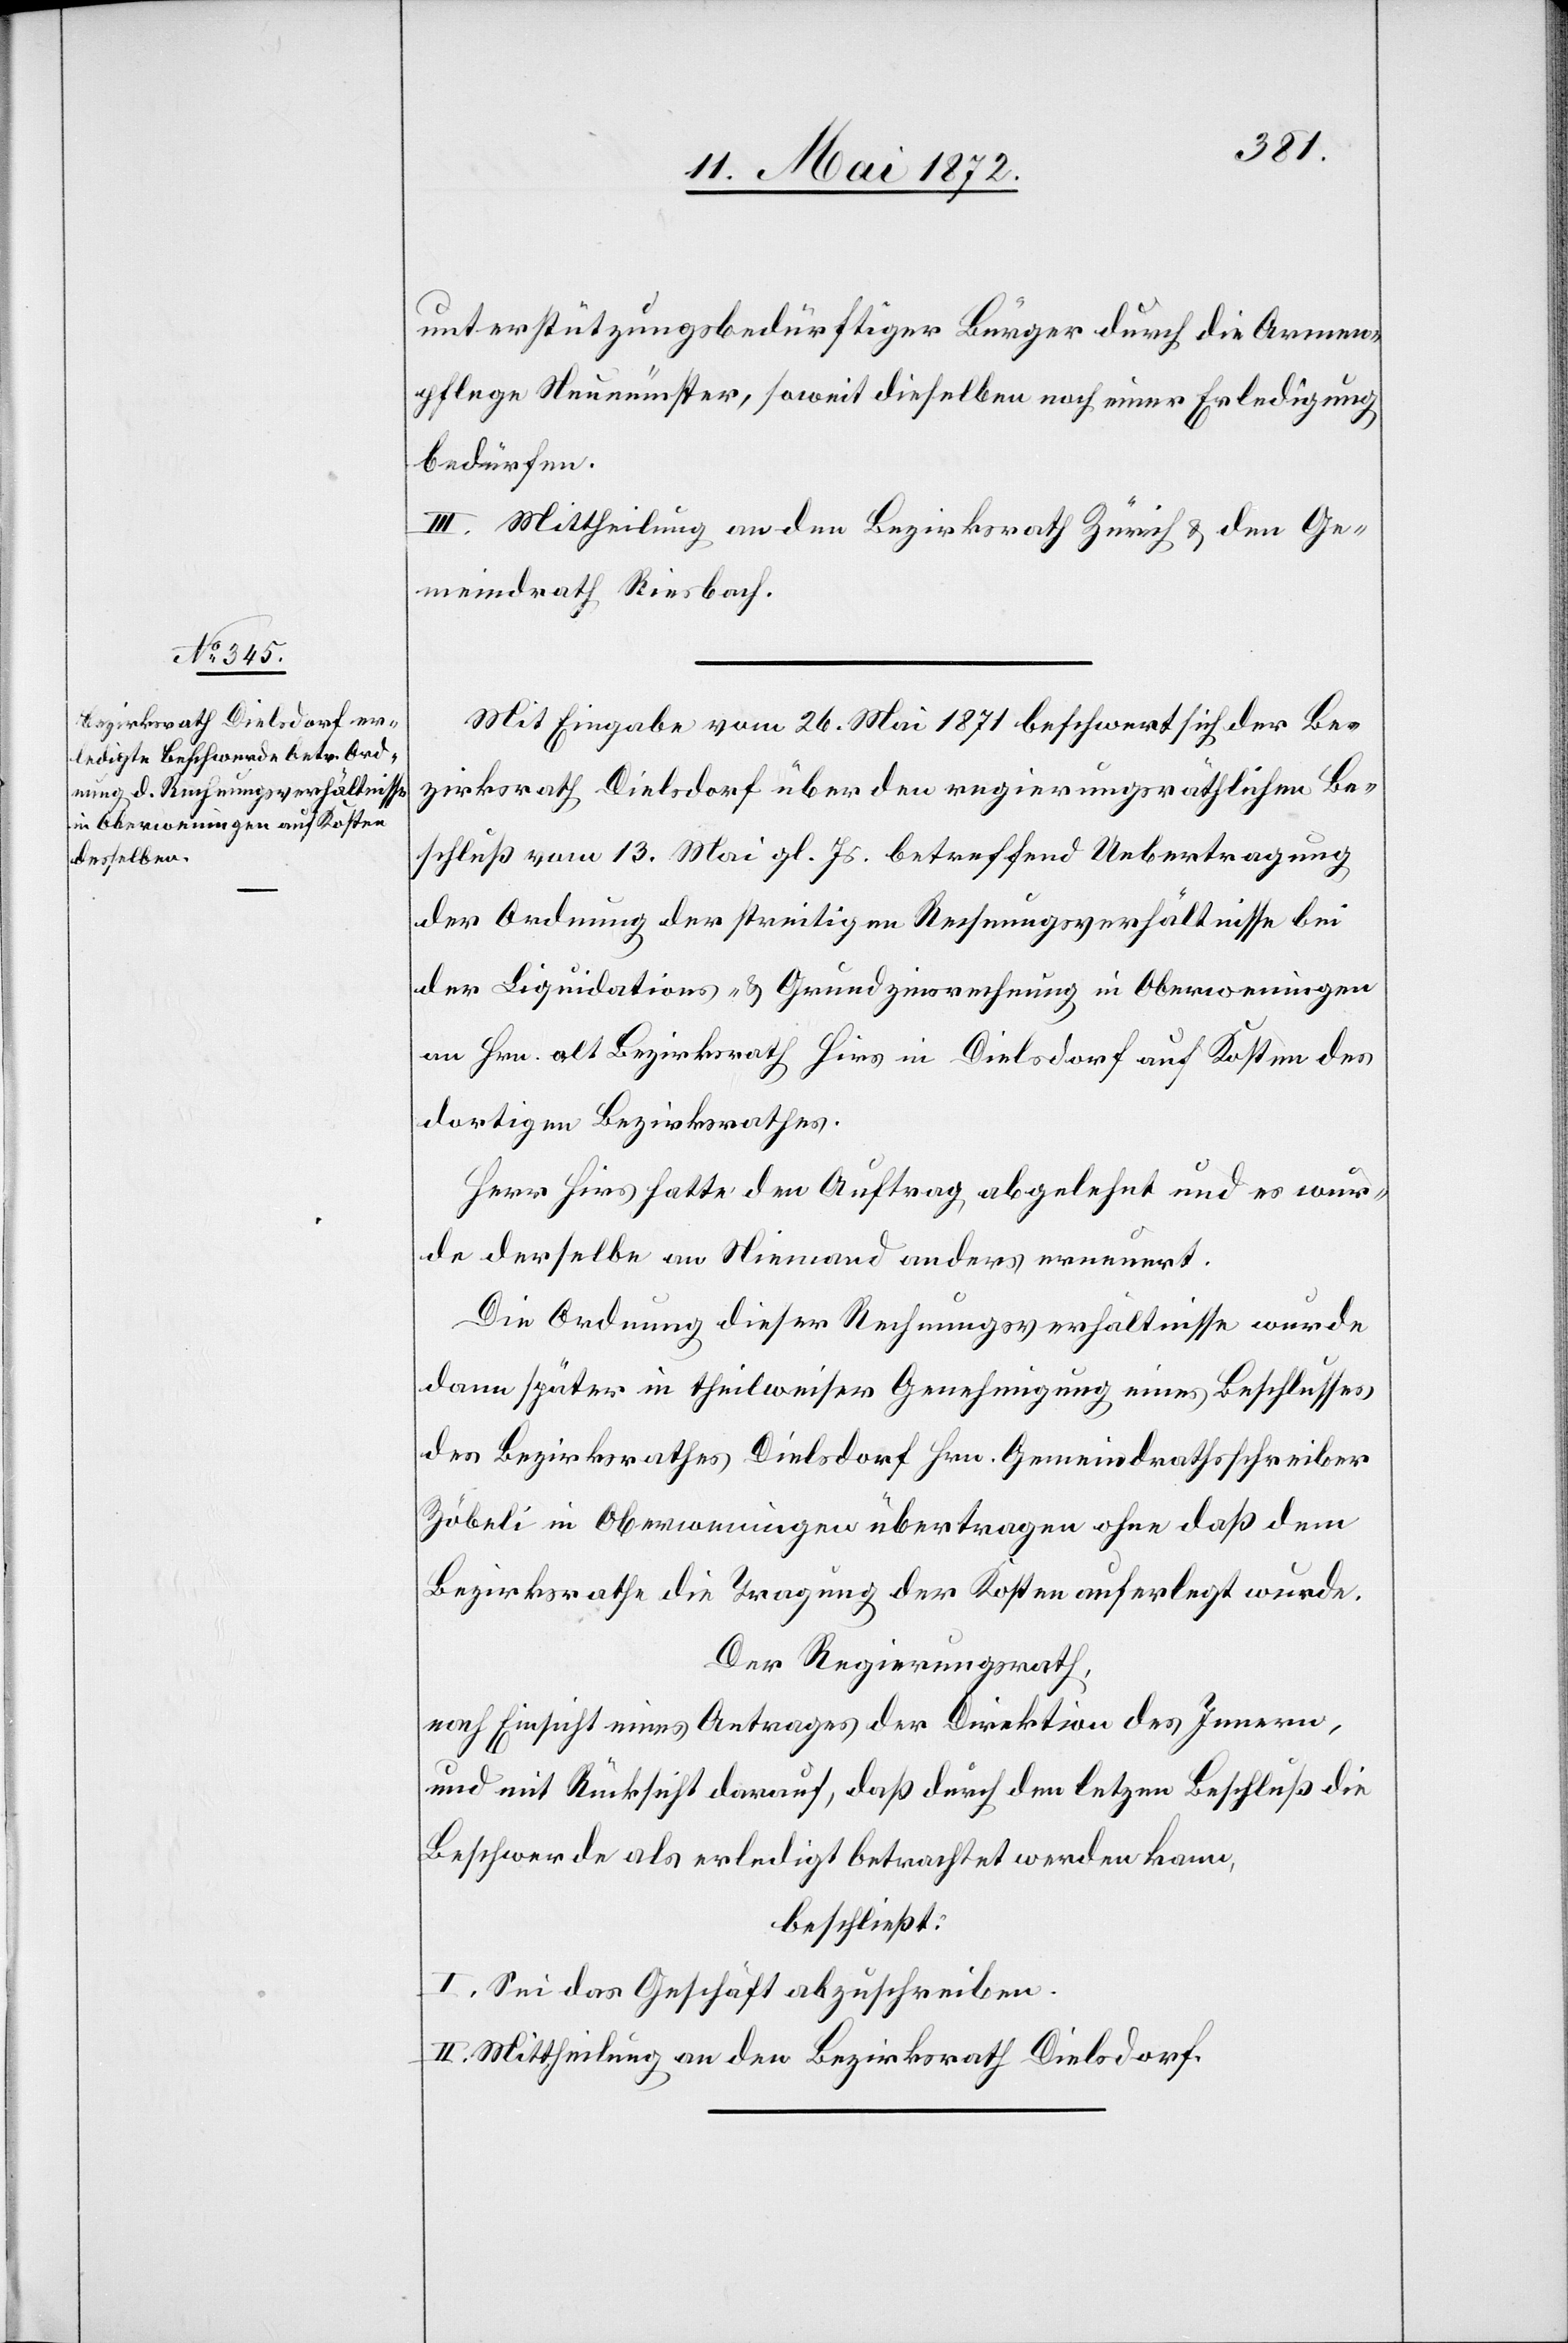
unterstützungsbedürftiger Bürger durch die Armen¬
pflege Neumünster, soweit dieselbe noch einer Erledigung
bedürfen.
III. Mittheilung an den Bezirksrath Zürich u. den Ge¬
meindrath Riesbach.
Mit Eingabe vom 26. Mai 1871 beschwert sich der Be¬
zirksrath Dielsdorf über den regierungsräthlichen Be¬
schluß vom 13. Mai gl. Js. betreffend Uebertragung
der Ordnung der streitigen Rechnungsverhältnisse bei
der Liquidations- u. Grundzinsrechnung in Oberweningen
an Hrn. alt Bezirksrath Hirs in Dielsdorf auf Kosten des
dortigen Bezirksrathes.
Herr Hirs hatte den Auftrag abgelehnt und es wur¬
de derselbe an Niemand anders erneuert.
Die Ordnung dieser Rechnungsverhältnisse wurde
dann später in theilweiser Genehmigung eines Beschlusses
des Bezirksrathes Dielsdorf Hrn. Gemeindrathsschreiber
Zöbeli in Oberweningen übertragen ohne daß dem
Bezirksrathe die Tragung der Kosten auferlegt wurde.
Der Regierungsrath,
nach Einsicht eines Antrages der Direktion des Innern,
und mit Rücksicht darauf, daß durch den letz[t]en Beschluß die
Beschwerde als erledigt betrachtet werden kann,
beschließt:
I. Sei das Geschäft abzuschreiben.
II. Mittheilung an den Bezirksrath Dielsdorf.